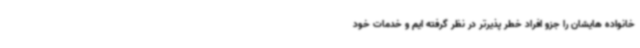
خانواده هایشان را جزو افراد خطر پذیرتر در نظر گرفته ایم و خدمات خود